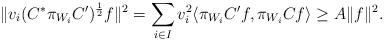
LaTeX: \begin{align*}\Vert v_{i}(C^{*}\pi_{W_{i}}C^{\prime})^{\frac{1}{2}}f \Vert^{2}=\sum _{i \in I} v_{i}^{2}\langle \pi_{W_{i}} C^{\prime}f, \pi _{W_{i}} C f \rangle\geq A\Vert f \Vert^{2}.\end{align*}